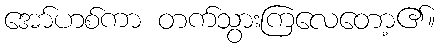
အော်ဟစ်ကာ တက်သွားကြလေတော့၏။